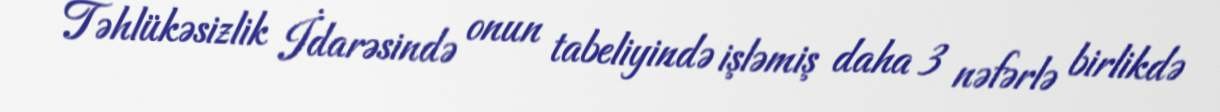
Təhlükəsizlik İdarəsində onun tabeliyində işləmiş daha 3 nəfərlə birlikdə